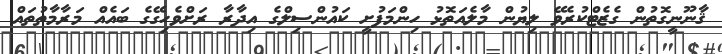
ޤާނޫނީގޮތުން ގެޒެޓްކުރެވޭ ލިޔުން މާލެއަތޮޅު ހިންމަފުށީ ކައުންސިލްގެ އިދާރާ ރަށްވެހިގޭގެ ބައެއް މަރާމާތުތައް